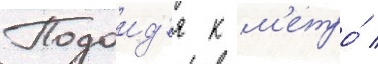
Подоид'я к м'етро́ /